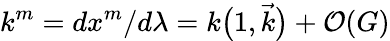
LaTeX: k^{m}={dx^{m}}/{d\lambda}=k\big(1,{\vec{k}}\big)+{\cal O}(G)